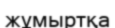
жұмыртқа